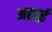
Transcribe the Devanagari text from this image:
अहाई